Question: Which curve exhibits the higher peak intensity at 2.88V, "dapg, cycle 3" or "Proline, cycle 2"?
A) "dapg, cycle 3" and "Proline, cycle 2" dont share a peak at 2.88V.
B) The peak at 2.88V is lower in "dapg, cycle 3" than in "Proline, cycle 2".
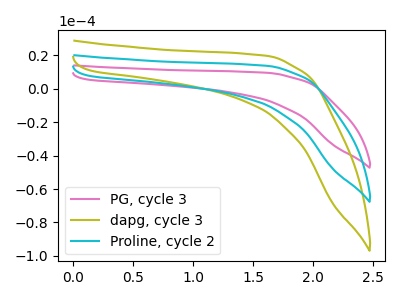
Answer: <think>The pink curve "PG, cycle 3" has no peaks. The olive curve "dapg, cycle 3" has no peaks. The cyan curve "Proline, cycle 2" has no peaks.</think>
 <answer>A) "dapg, cycle 3" and "Proline, cycle 2" dont share a peak at 2.88V.</answer>
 <eval>A</eval>